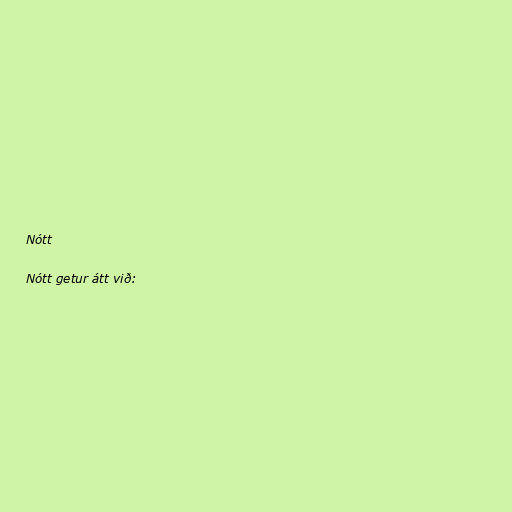
Nótt

Nótt getur átt við: